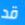
قد